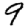
Digit: 9